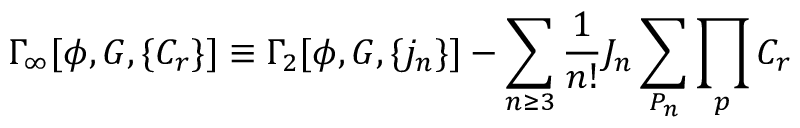
\Gamma _ { \infty } [ \phi , G , \{ C _ { r } \} ] \equiv \Gamma _ { 2 } [ \phi , G , \{ j _ { n } \} ] - \sum _ { n \ge 3 } { \frac 1 { n ! } } J _ { n } \sum _ { P _ { n } } \prod _ { p } C _ { r }